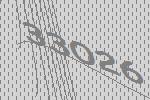
33026